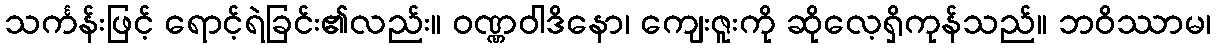
သင်္ကန်းဖြင့် ရောင့်ရဲခြင်း၏လည်း။ ဝဏ္ဏဝါဒိနော၊ ကျေးဇူးကို ဆိုလေ့ရှိကုန်သည်။ ဘဝိဿာမ၊